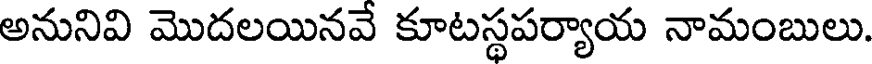
అనునివి మొదలయినవే కూటస్థపర్యాయ నామంబులు.